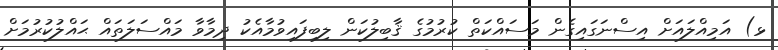
ޅ) އަމިއްލައަށް އިސްނަގައިގެން މަސައްކަތް ކުރުމުގެ ޤާބިލުކަން ލިބިފައިވުމާއެކު ދިމާވާ މައްސަލަތައް ޙައްލުކުރުމަށް